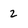
Character: 2